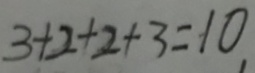
3 + 2 + 2 + 3 = 1 0